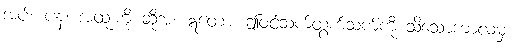
အပ်။ ပန၊ အထူးကို ဆိုအံ့။ ဣတော၊ ဤဝင်သက်ထွက်သက်ကို သိသောကာလမှ။